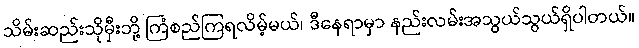
သိမ်းဆည်းသိုမှီးဘို့ ကြံစည်ကြရလိမ့်မယ်၊ ဒီနေရာမှာ နည်းလမ်းအသွယ်သွယ်ရှိပါတယ်။